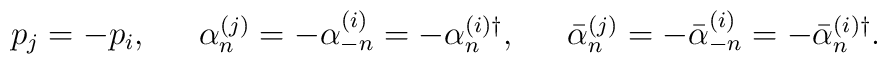
\begin{array}{ccccc}p_j=-p_i, &  & \alpha _n^{(j)}=-\alpha _{-n}^{(i)}=-\alpha _n^{(i)\dagger }, & & \bar{\alpha }_n^{(j)}=-\bar{\alpha}_{-n}^{(i)}=-\bar{\alpha }_n^{(i)\dagger }.\end{array}